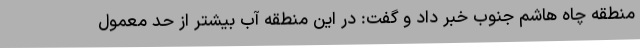
منطقه چاه هاشم جنوب خبر داد و گفت: در این منطقه آب بیشتر از حد معمول